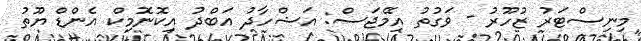
މިނިސްޓަރު ޒުހޫރު - ވަގުތު އިމޭޖަސް: އަޝްހާދު އަބްދު އިކޮނޮމިކް އެންޑް ޔޫތު